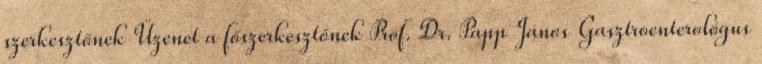
szerkesztőnek Üzenet a főszerkesztőnek Prof. Dr. Papp János Gasztroenterológus